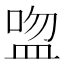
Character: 𥁴